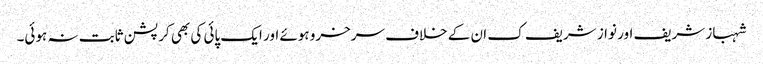
شہباز شریف اور نواز شریف ک ان کے خلاف سرخرو ہوئے اور ایک پائی کی بھی کرپشن ثابت نہ ہوئی۔